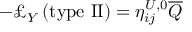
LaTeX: - \pounds _ { Y } \left( \mathrm { t y p e ~ I I } \right) = \eta _ { i j } ^ { U , 0 } \overline { { { Q } } }